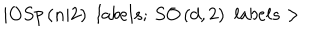
LaTeX: | O S p \left( n | 2 \right) \, \, l a b e l s ; \, S O \left( d , 2 \right) \, \, l a b e l s >